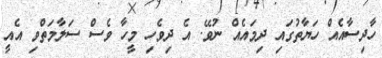
ހާދިސާއެއް ހަޔާތުގައި ދިމައެއް ނުވޭ. އެ ދިވެހި މީހާ ވެސް ސަލާމަތްވި އެއީ